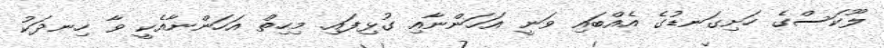
ލޫކަސްގެ ހަށިގަނޑުގެ އެއްބައި ވަނީ އަހަންނާއި ގުޅިފައި. މިހިތް އަހަންނާއެކީ ވާ ހިނދަކު